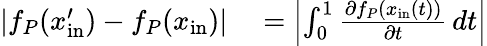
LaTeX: \begin{array}{rl}{|f_{P}(x_{\mathrm{in}}^{\prime})-f_{P}(x_{\mathrm{in}})|}&{{}=\left|\int_{0}^{1}\frac{\partial f_{P}(x_{\mathrm{in}}(t))}{\partial t}\, dt\right|}\end{array}